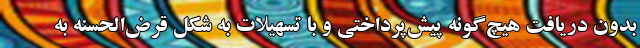
بدون دریافت هیچ‌گونه پیش‌پرداختی و با تسهیلات به شکل قرض‌الحسنه به